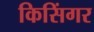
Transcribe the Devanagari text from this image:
किसिंगर